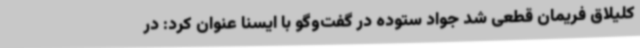
کلیلاق فریمان قطعی شد جواد ستوده در گفت‌وگو با ایسنا عنوان کرد: در